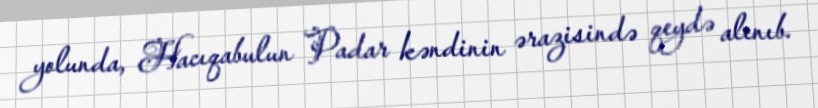
yolunda, Hacıqabulun Padar kəndinin ərazisində qeydə alınıb.